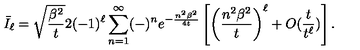
\bar { I } _ { \ell } = \sqrt { \frac { \beta ^ { 2 } } { t } } 2 ( - 1 ) ^ { \ell } \sum _ { n = 1 } ^ { \infty } ( - ) ^ { n } e ^ { - \frac { n ^ { 2 } \beta ^ { 2 } } { 4 t } } \left[ \left( \frac { n ^ { 2 } \beta ^ { 2 } } { t } \right) ^ { \ell } + O ( \frac { t } { t ^ { \ell } } ) \right] .